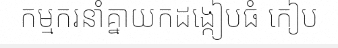
កម្មករនាំគ្នាយកដង្កៀបធំ កៀប